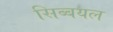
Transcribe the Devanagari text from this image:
सिब्बयल